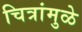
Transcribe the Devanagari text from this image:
चित्रांमुळे